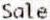
SALE